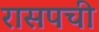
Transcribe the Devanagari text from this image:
रासपची